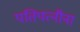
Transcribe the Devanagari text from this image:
पतिपत्‍नींना